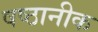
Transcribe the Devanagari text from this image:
षष्ठानीक